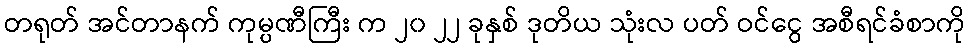
တရုတ် အင်တာနက် ကုမ္ပဏီကြီး က ၂၀ ၂၂ ခုနှစ် ဒုတိယ သုံးလ ပတ် ဝင်ငွေ အစီရင်ခံစာကို